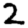
Digit: 2